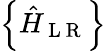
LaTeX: \left\{ \hat{H}_{\mathrm{~L~R~}}\right\}